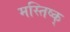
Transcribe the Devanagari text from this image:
मस्तिष्क्